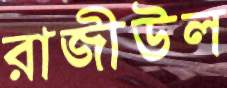
রাজীউল